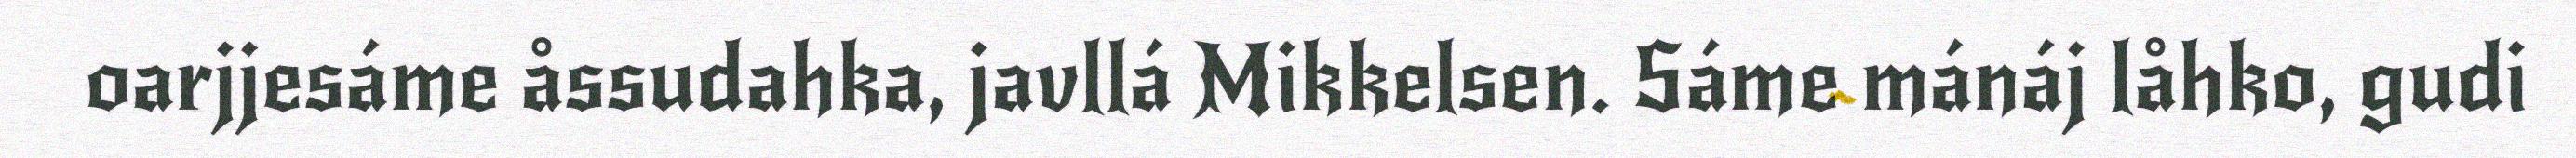
oarjjesáme åssudahka, javllá Mikkelsen. Sáme mánáj låhko, gudi